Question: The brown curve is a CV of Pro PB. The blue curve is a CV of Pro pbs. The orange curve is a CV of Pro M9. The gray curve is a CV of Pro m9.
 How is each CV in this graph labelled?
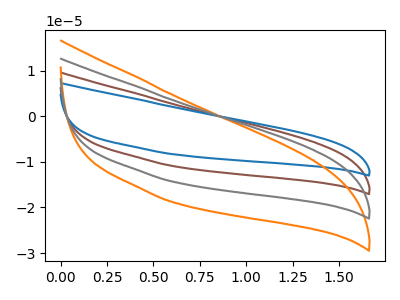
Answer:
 <answer>The brown curve is labeled "Pro PB". The blue curve is labeled "Pro pbs". The orange curve is labeled "Pro M9". The gray curve is labeled "Pro m9".</answer>
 <eval></eval>